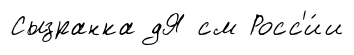
Сызранка дЯ см Росс'и́и